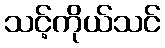
သင့်ကိုယ်သင်